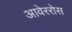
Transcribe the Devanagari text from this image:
आवेररोस